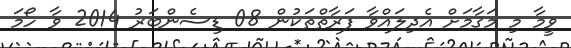
ވީމާ މި މަޤާމަށް އެދިލައްވާ ފަރާތްތަކުން 08 ޑިސެންބަރު 2014 ވާ ހޯމަ